Senior Leaving Certificate Examination (including Day School Certificate (Higher) General paper), 1950
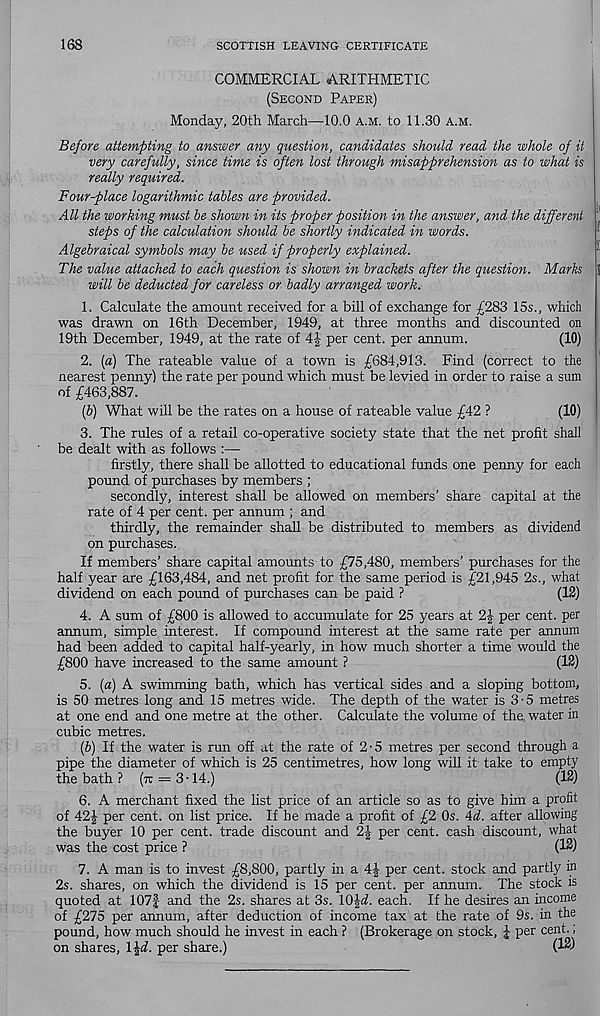
168
SCOTTISH LEAVING CERTIFICATE
COMMERCIAL ARITHMETIC
(Second Paper)
Monday, 20th March—10.0 a.m. to 11.30 a.m.
Before attempting to answer any question, candidates should read the whole of it
very carefully, since time is often lost through misapprehension as to what is
really required.
Four-place logarithmic tables are provided.
All the working must be shown in its proper position in the answer, and the different
steps of the calculation should be shortly indicated in words.
Algebraical symbols may be used if properly explained.
The value attached to each question is shown in brackets after the question. Marks !
will be deducted for careless or badly arranged work.
1. Calculate the amount received for a bill of exchange for £283 15s., which
was drawn on 16th December, 1949, at three months and discounted on
19th December, 1949, at the rate of 4J per cent, per armum.
(10)
2. [a) The rateable value of a town is £684,913. Find (correct to the
nearest penny) the rate per pound which must be levied in order to raise a sum
of £463,887.
[b) What will be the rates on a house of rateable value £42 ?
(10)
3. The rules of a retail co-operative society state that the net profit shall
be dealt with as follows :—
firstly, there shall be allotted to educational funds one penny for each
pound of purchases by members ;
secondly, interest shall be allowed on members’ share capital at the
rate of 4 per cent, per annum ; and
thirdly, the remainder shall be distributed to members as dividend
on purchases.
If members’ share capital amounts to £75,480, members’ purchases for the
half year are £163,484, and net profit for the same period is £21,945 2s., what
dividend on each pound of purchases can be paid ?
(12)
4. A sum of £800 is allowed to accumulate for 25 years at 2| per cent, per
annum, simple interest. If compound interest at the same rate per annum
had been added to capital half-yearly, in how much shorter a time would the
£800 have increased to the same amount ?
(12)
5. (a) A swimming bath, which has vertical sides and a sloping bottom,
is 50 metres long and 15 metres wide. The depth of the water is 3-5 metres
at one end and one metre at the other. Calculate the volume of the water in
cubic metres.
{b) If the water is run off at the rate of 2-5 metres per second through a
pipe the diameter of which is 25 centimetres, how long will it take to empty
the bath ? (it = 3-14.)
(12)
6. A merchant fixed the list price of an article so as to give him a profit
of
per cent, on list price. If he made a profit of £2 0s. Ad. after allowing
the buyer 10 per cent, trade discount and 2| per cent, cash discount, what
was the cost price ?
(12)
7. A man is to invest £8,800, partly in a 4|- per cent, stock and partly in
2s. shares, on which the dividend is 15 per cent, per annum. The stock is
quoted at 107| and the 2s. shares at 3s. \0\d. each. If he desires an income
of £275 per annum, after deduction of income tax at the rate of 9s. in the
pound, how much should he invest in each ? (Brokerage on stock, £ per cent.;
on shares, \\d. per share.)
(1$)